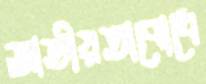
জাতীয়তাবোধে